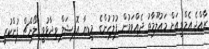
ރާއްޖެ އެމްވީއަށް މައުލޫމާތު ދެއްވަމުން ފުލުހުންގެ މީޑިޔާ އޮފިޝަލް ވިދާޅުވީ ލޯންޗް ފުންކުރީ